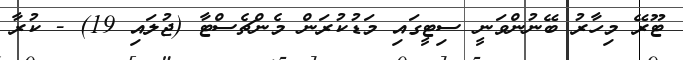
ޓޫރޭ މިހާރު ބޭނުންވަނީ ސިޓީގައި މަޑުކުރަން މެންޗެސްޓާ (ޖުލައި 19) - ކުރާ